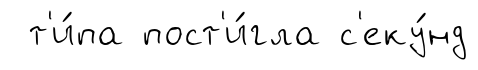
т'и́па пост'и́гла с'еку́нд